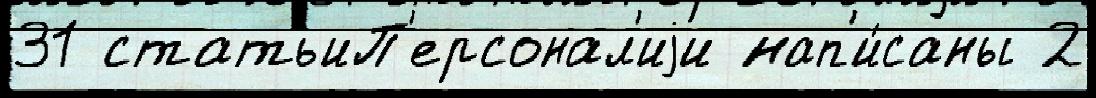
31 статьиП'ерсонал'иjи нап'и́саны 2